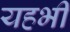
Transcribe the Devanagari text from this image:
यहभी